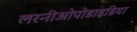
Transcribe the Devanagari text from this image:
लरनीओपोडाइडिया